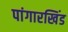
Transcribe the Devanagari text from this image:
पांगारखिंड